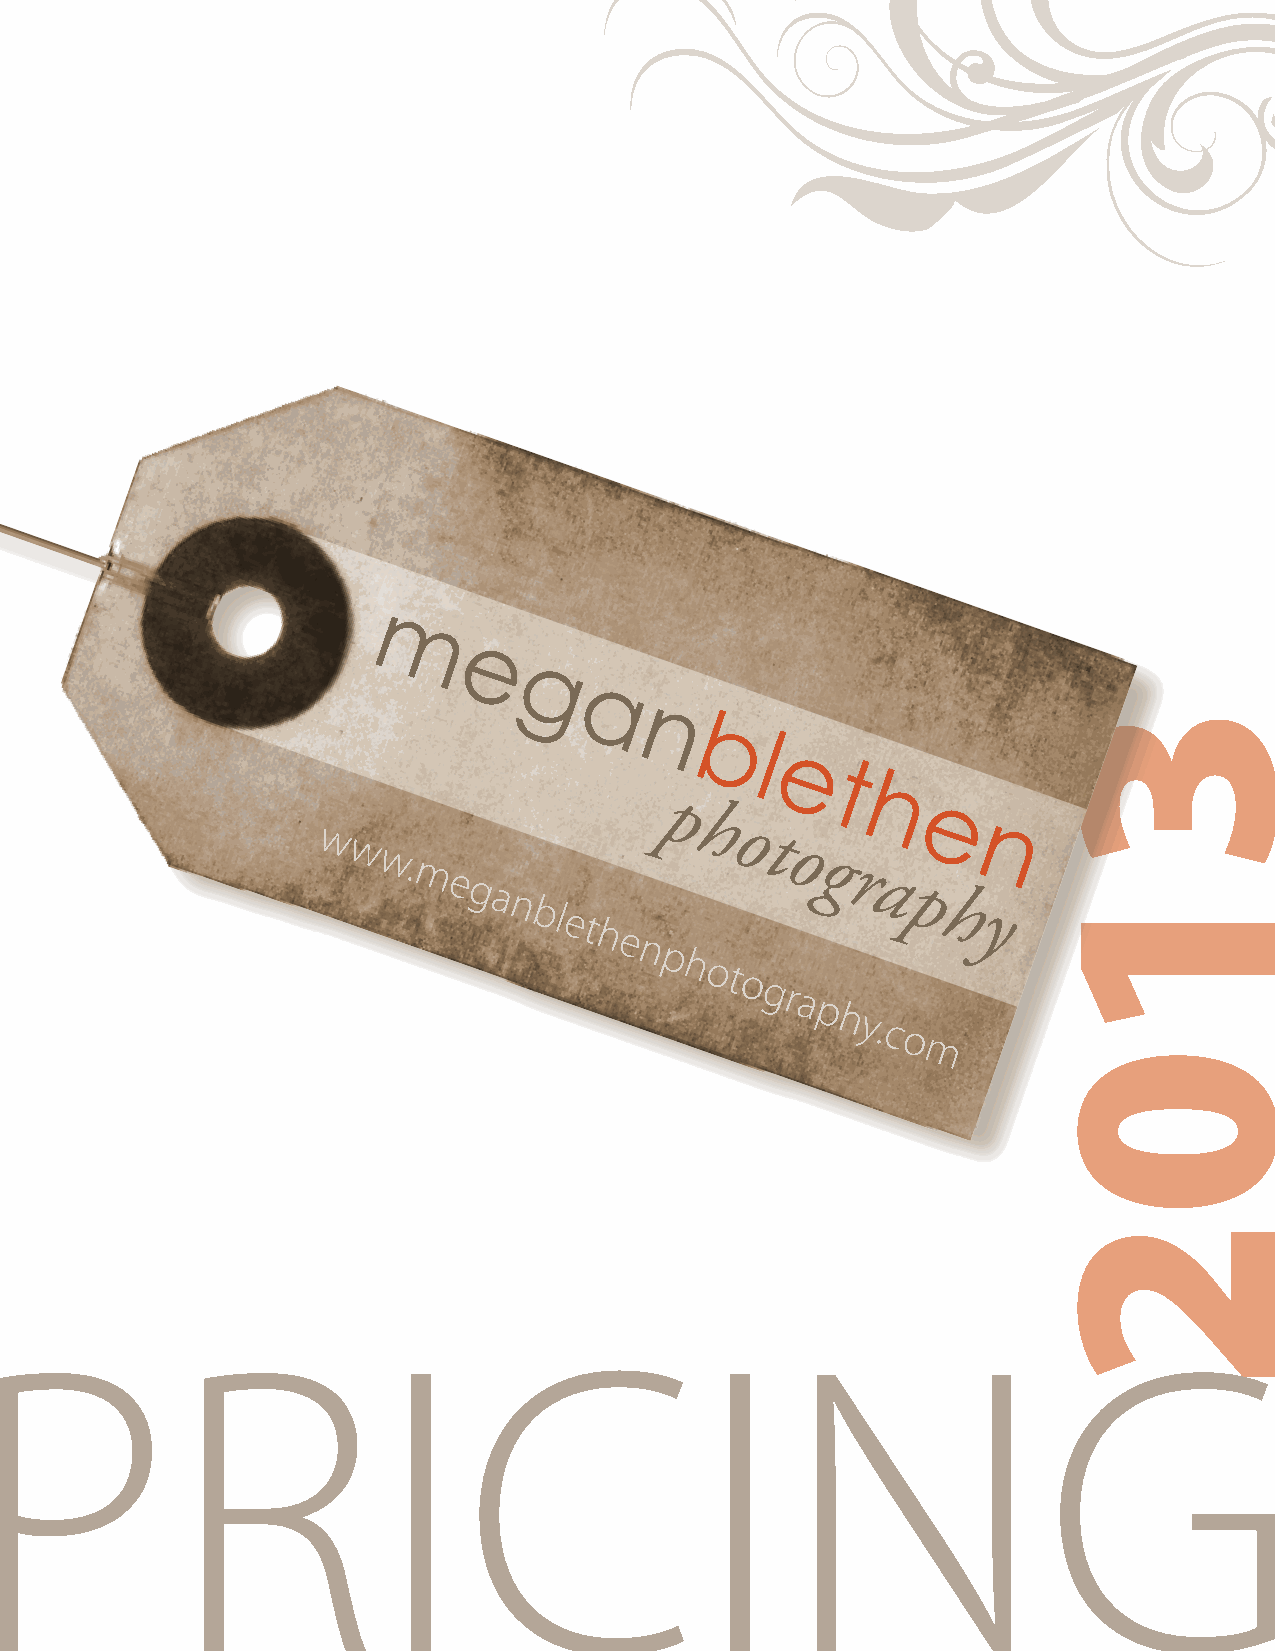
m
 e
 g
 a
 n
 b
 l
 e
 t
 h
 p
 h              e
 o
 w                            t             n
 w                           o
 w.                          g
 m                           r
 e                           a
 g a                         p
 n bl et                      h y
 h
 e
 n
 p
 h
 ot
 o
 gr
 a
 p
 hy.
 c
 o
 m
 PRICING
 3102